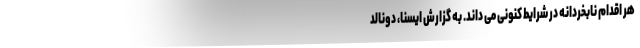
هر اقدام نابخردانه در شرایط کنونی می داند. به گزارش ایسنا، دونالد